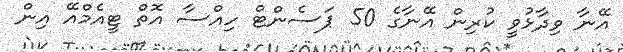
އޭނާ ވިދާޅުވީ ކުރިން އޭނާގެ 50 ޕަސެންޓް ހިއްސާ އޮތް ޓީއެމްއޭ އިން